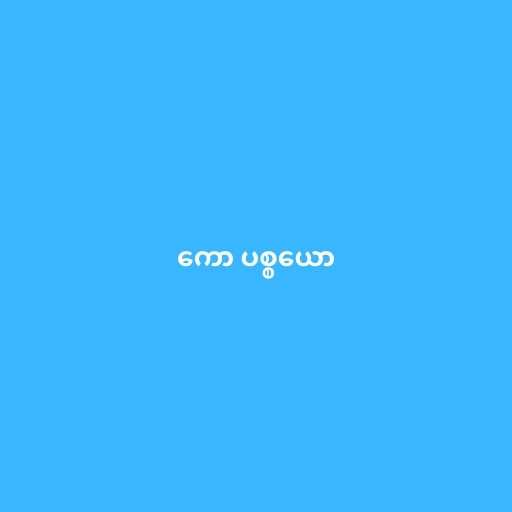
ကော ပစ္စယော